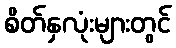
စိတ်နှလုံးများတွင်